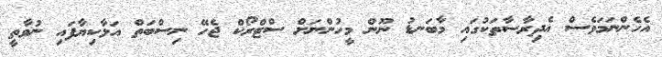
އެހެންނަމަވެސް އެދިރާސާތަކުގައި މާބަނޑު ނޫން މީހުންނަށް ސްޓްރޯކް ޖެހޭ ނިސްބަތް އަޅާކިޔާފައި ނުވާތީ